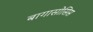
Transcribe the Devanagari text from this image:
बागासोसिस